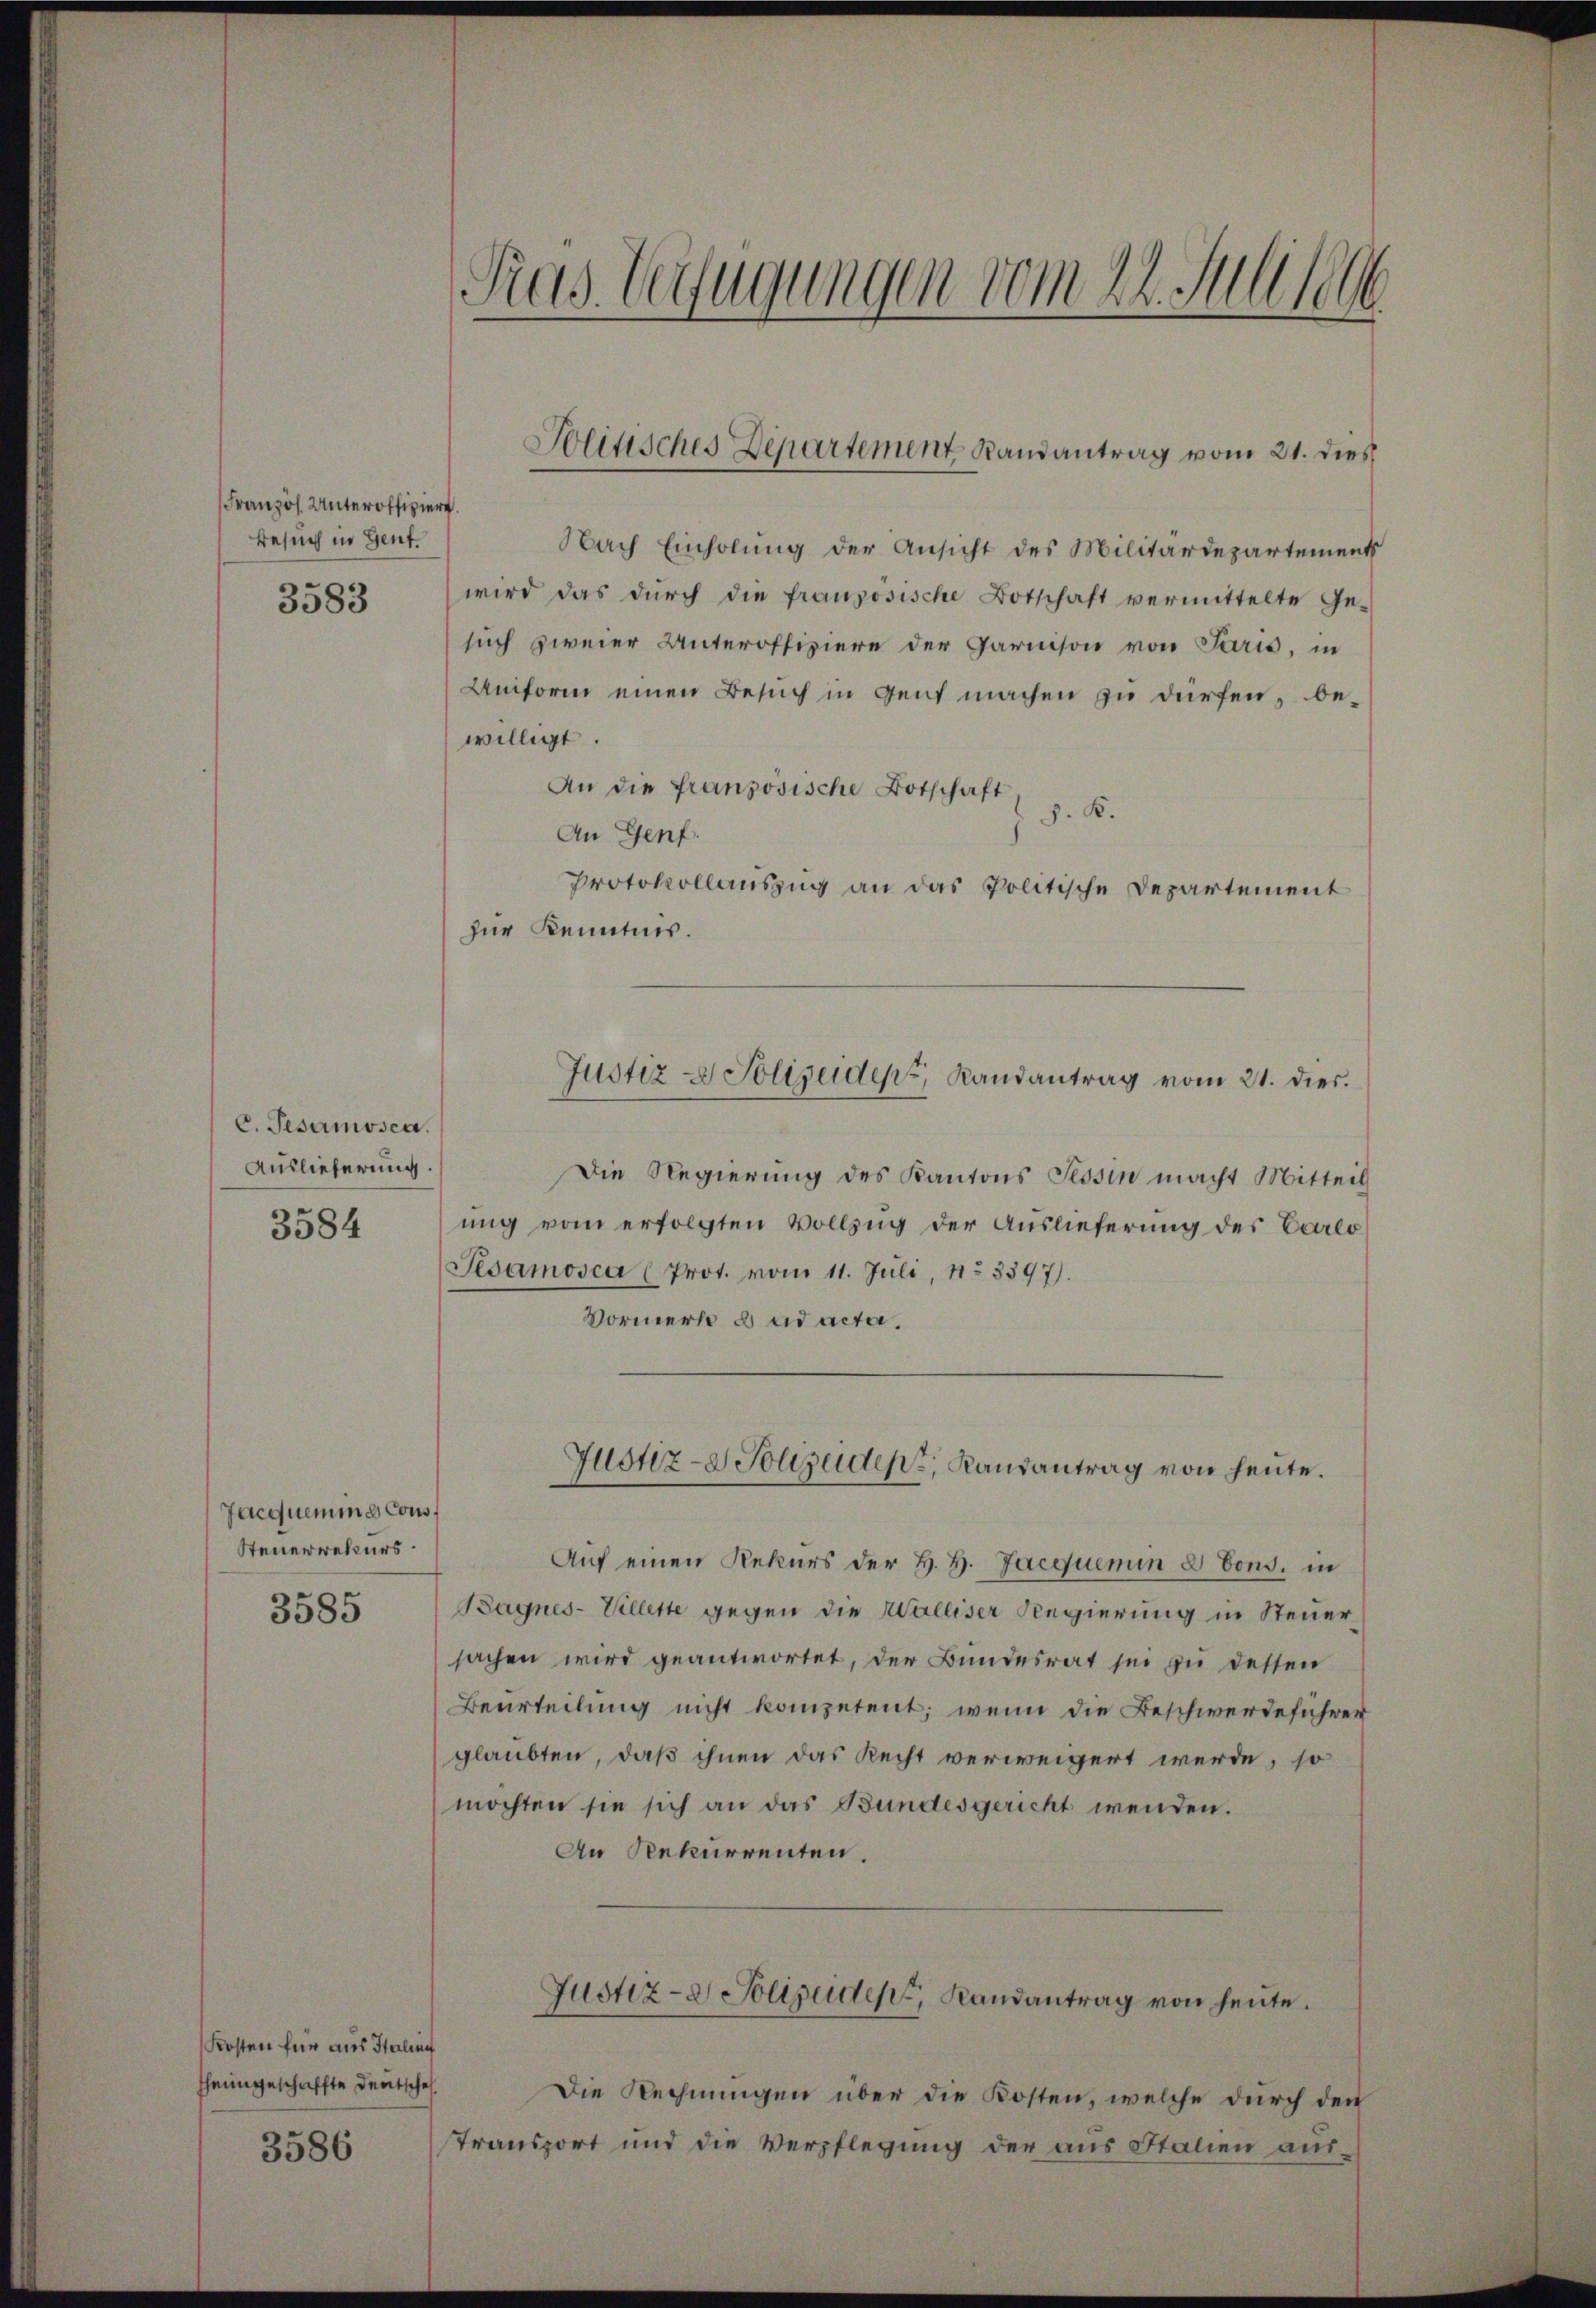
Französ. Unteroffiziert.
Besuch in Gent¬
3583

C. Gesamosca.
Auslieferung.
3584

Jacquemins Cons
Steuerrekurs
3585

Kosten für aus Italien
sheimgeschaffte Deutscheh

3586

1
Pras. Verfügungen vom 24. Mellian

Nach Einholung der Ansicht des Militärdepartements
wird das dŭrch die französische Botschaft vermittelte Ge-
such zweier Unteroffiziere der Garnison von Paris, in
Uniform einen Besuch in Gent machen zu dürfen, bewilligt.
An die französische Botschaft,
J. K.
An Genf.
Protokollauszug an das Politische Departement
zur Kenntnis.
Die Regierung des Kantons Tessin macht Mitteil
ung vom erfolgten Vollzug der Auslieferung des Carlo
Pesamosca (Prot. vom 11. Juli, No 3397).
Vormerk d ad acta.
Justiz- & Polizeiden, Randantrag von heute.
Auf einen Rekurs der H. H. Jaequemin 2 Cons. in
Bagnes- Villette gegen die Walliser Regierung in Steuer
sachen wird geantwortet, der Bundesrat sei zu dessen
Beurteilung nicht kompetent; wenn die Beschwerdeführer
glaubten, daß ihnen das Recht verweigert werde, so
möchten sie sich an das Bundesgericht wenden.
An Rekurrenten.
Justiz- & Polizeiden Landantrag von heute.
Die Rechnungen über die Kosten, welche durch den
stransport und die Verpflegung der aus Stalien aus¬

Solitisches Departement Randantrag vom 21. dies

Justiz- & Polizeiden Landantrag vom 21. dies.